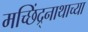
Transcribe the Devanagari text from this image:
मच्छिंद्र्नाथाच्या